Vaccination in the Punjab 1905-1918 - 1905-1918
Year: 1905
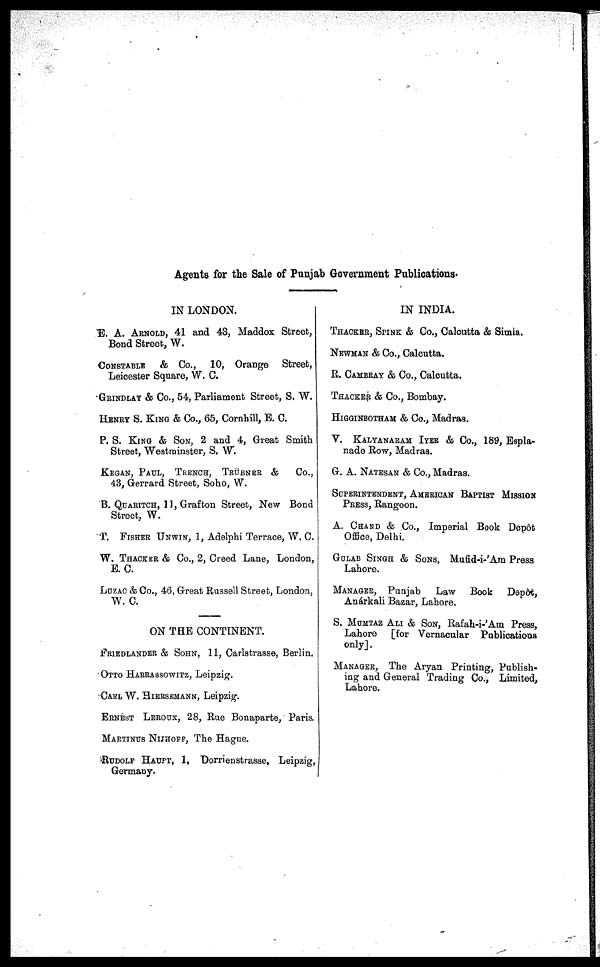
Agents for the Sale of Punjab Government Publications.
IN LONDON.
E. A. ARNOLD, 41 and 43, Maddox Street,
Bond Street, W.
CONSTABLE & Co., 10, Orange Street,
Leicester Square, W. C.
GRINDLAY & Co., 54, Parliament Street, S. W.
HENRY S. KING & Co., 65, Cornhill, E. C.
P. S. KING & SON, 2 and 4, Great Smith
Street, Westminster, S. W.
KEGAN, PAUL, TRENCH, TRÜBNER &
Co.,
43, Gerrard Street, Soho, W.
B. QUARITCH, 11, Grafton Street, New Bond
Street, W.
T. FISHER UNWIN, 1, Adelphi Terrace, W. C.
W. THACKER & Co., 2, Creed Lane, London,
E. C.
LUZAC & Co., 46, Great Russell Street, London,
W. C.
ON THE CONTINENT.
FRIEDLANDER & SOHN, 11, Carlstrasse, Berlin.
OTTO HARRASSOWITZ, Leipzig.
CARL W. HIERSEMANN, Leipzig.
ERNEST LEROUX, 28, Rue Bonaparte, Paris.
MARTINUS NIJHOFF, The Hague.
RUDOLF HAUPT, 1, Dorrienstrasse, Leipzig,
Germany.
IN INDIA.
THACKER, SPINK & Co., Calcutta & Simla.
NEWMAN & Co., Calcutta.
R. CAMBEAY & Co., Calcutta.
THACKER & Co., Bombay.
HIGGINBOTHAM & Co., Madras.
V. KALYANARAM IYER & Co., 189, Espla-
nade Row, Madras.
G. A. NATESAN & Co., Madras.
SUPERINTENDENT, AMERICAN BAPTIST MISSION
PRESS, Rangoon.
A. CHAND & Co., Imperial Book Depôt
Office, Delhi.
GULAB SINGH & SONS, Mufid-i-'Am Press
Lahore.
MANAGER, Punjab
Law Book
Depôt,
Anárkali Bazar, Lahore.
S. MUMTAZ ALI & SON, Rafah-i-'Am Press,
Lahore [for Vernacular Publications
only].
MANAGER, The Aryan Printing, Publish-
ing and General Trading Co., Limited,
Lahore.